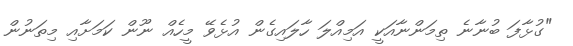
"ގުޅާފަ ބުނާނެ ތިމަންނާއަކީ އަމިއްލަ ހާލައިގެން އުޅެވޭ މީހެއް ނޫން ކަމަށާއި މިތަނުން